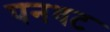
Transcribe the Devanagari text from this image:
पनधट